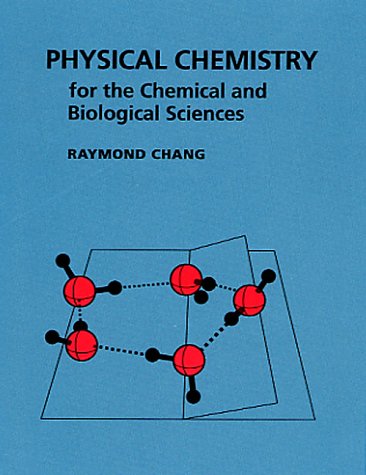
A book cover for Physical Chemistry for the Chemical and Biological Sciences; Raymond Chang; Science & Math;